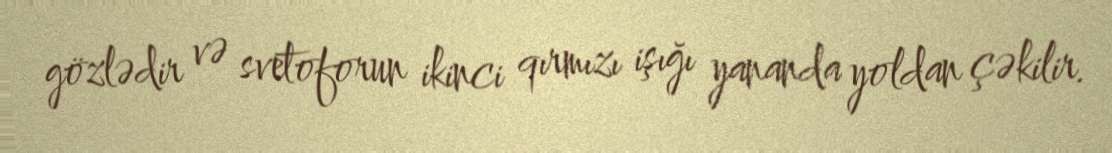
gözlədir və svetoforun ikinci qırmızı işığı yananda yoldan çəkilir.